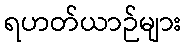
ရဟတ်ယာဉ်များ